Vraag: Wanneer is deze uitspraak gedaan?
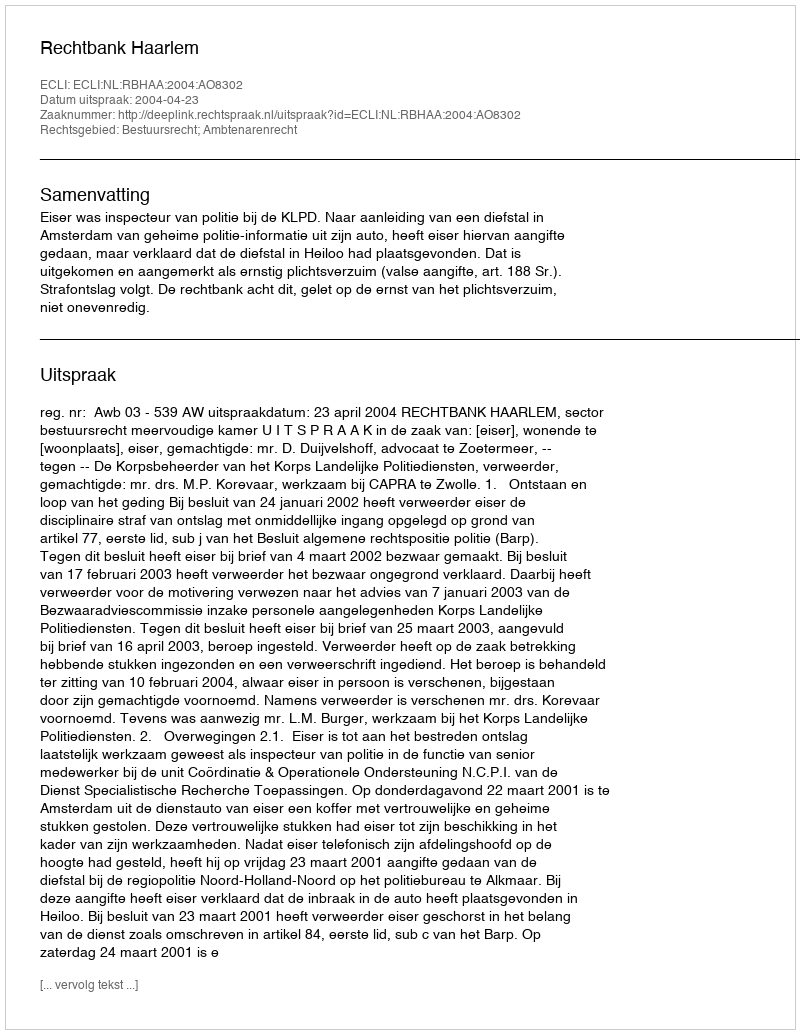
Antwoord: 2004-04-23